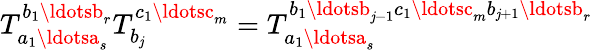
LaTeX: T_{a_{1}\ldotsa_{s}}^{b_{1}\ldotsb_{r}}T_{b_{\mathit{j}}}^{c_{1}\ldotsc_{m}}=T_{a_{1}\ldotsa_{s}}^{b_{1}\ldotsb_{\mathit{j}-1}c_{1}\ldotsc_{m}b_{\mathit{j}+1}\ldotsb_{r}}